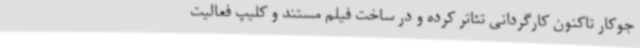
جوکار تاکنون کارگردانی تئاتر کرده و در ساخت فیلم مستند و کلیپ فعالیت